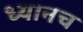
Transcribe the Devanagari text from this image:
ध्यानच